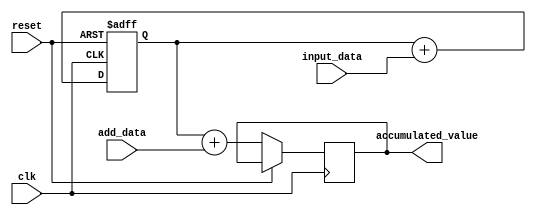
module FixedPointAccumulator (
    input clk,
    input reset,
    input [15:0] input_data,
    input [15:0] add_data,
    output reg [15:0] accumulated_value
);

reg [15:0] accumulator_reg;

always @(posedge clk or posedge reset) begin
    if (reset) begin
        accumulator_reg <= 16'b0;
    end
    else begin
        accumulator_reg <= accumulator_reg + input_data;
        accumulated_value <= accumulator_reg + add_data;
    end
end

endmodule